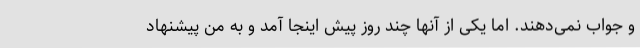
و جواب نمی‌دهند. اما یکی از آنها چند روز پیش اینجا آمد و به من پیشنهاد